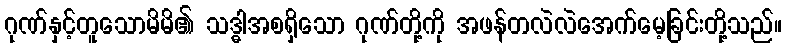
ဂုဏ်နှင့်တူသောမိမိ၏ သဒ္ဓါအစရှိသော ဂုဏ်တို့ကို အဖန်တလဲလဲအေက်မေ့ခြင်းတို့သည်။